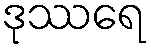
ဒုဿရေ